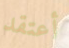
أعتقد